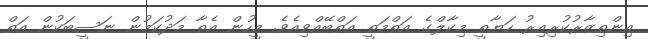
އިންތިޒާރުކުރިއިރު ހަޔާތީ މިކާލްގެ އަތްމަތީ އަތްބޭއްވިއެވެ. މީހުން އެތާ މަދުކަމުން ނަސީބަކުން އަތް